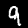
Label: 9